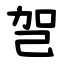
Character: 㠰